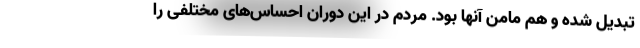
تبدیل شده و هم مامن آنها بود. مردم در این دوران احساس‌های مختلفی را